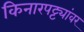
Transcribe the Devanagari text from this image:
किनारपट्ट्यांवर